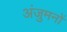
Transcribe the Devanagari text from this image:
अंजुमनों